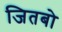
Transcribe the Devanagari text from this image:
जितबो